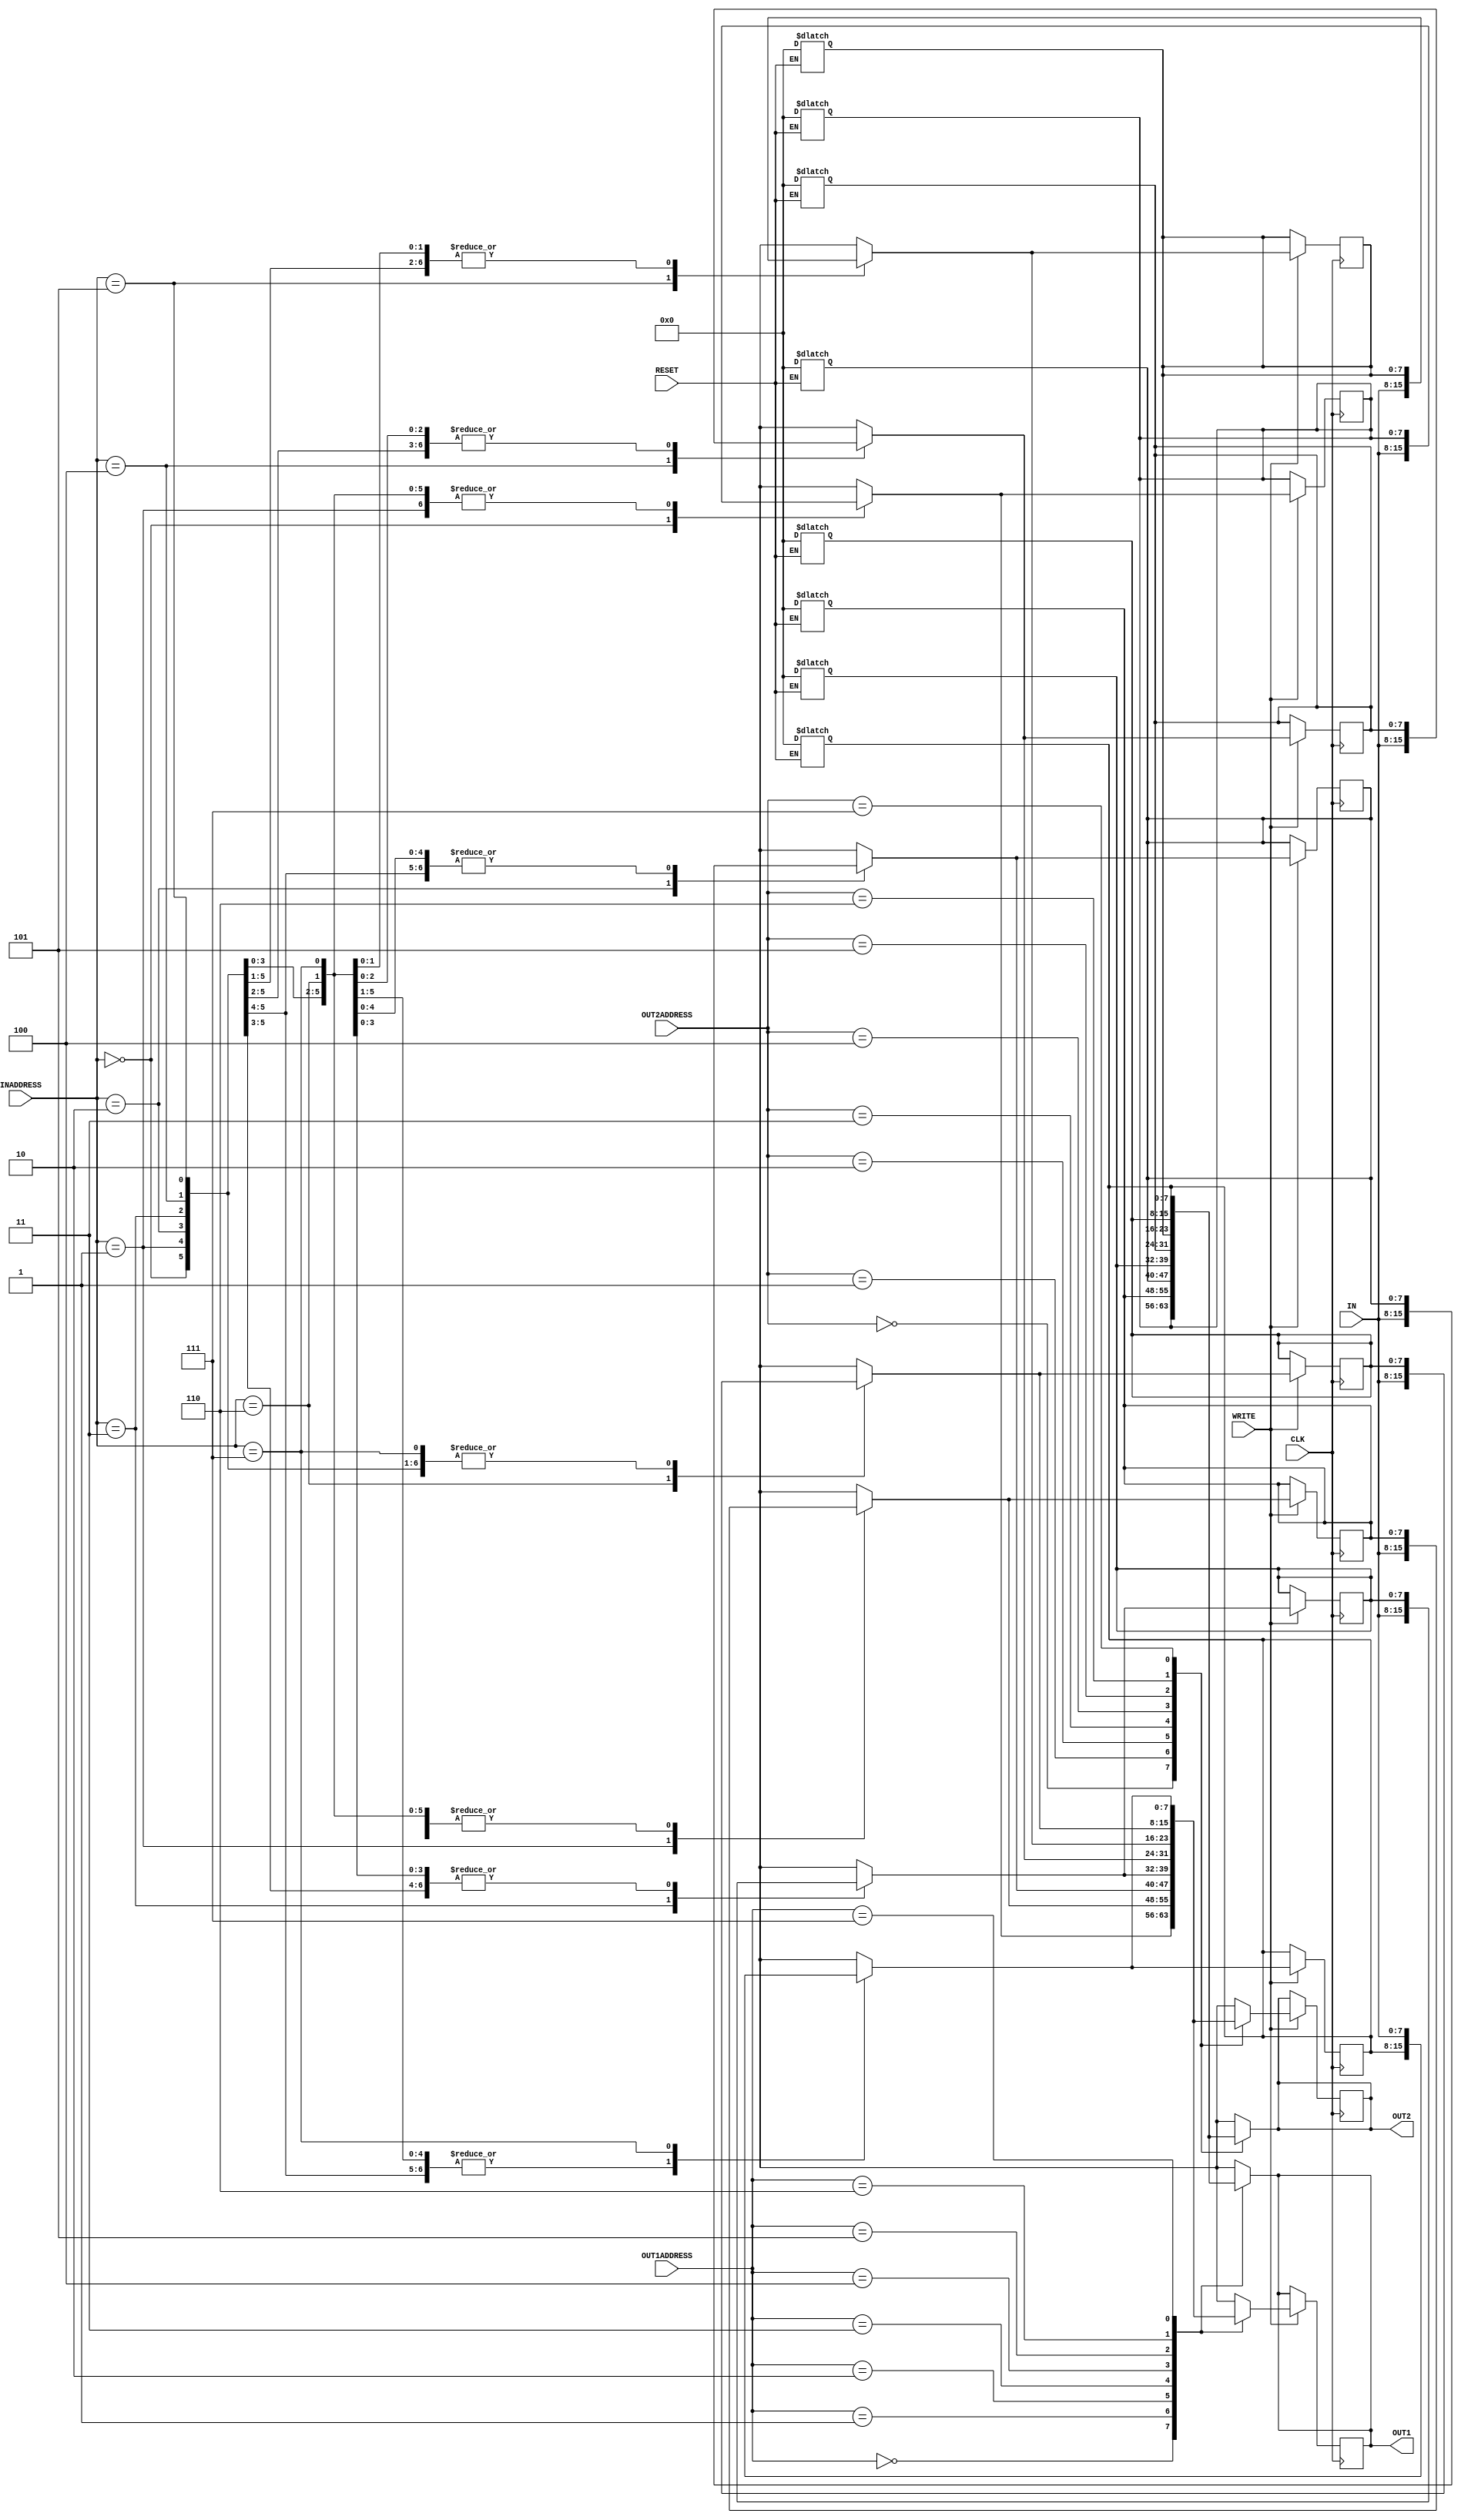
/*******************************************
 *      Lab 05: CO224-Project_part_02      *
 *******************************************/


module reg_file(IN, OUT1, OUT2, INADDRESS, OUT1ADDRESS, OUT2ADDRESS, WRITE, CLK, RESET);
      
   // declare the input & output   
   input WRITE, CLK, RESET;
   input [7:0] IN;
   input [2:0] INADDRESS, OUT1ADDRESS, OUT2ADDRESS;
   output [7:0] OUT1, OUT2;
   reg [7:0] registerFile[0:7]; // declare the register file
   reg [7:0] OUT1, OUT2;
   integer counter;
   integer delay;

   always @(posedge CLK) begin // check the positive edge of clock
     if (WRITE == 1'b1) begin  // check the enable of writeEnable
      // write the IN value for the INADDRESS index of register file
      #2 registerFile[INADDRESS]  = IN; 
    
      #2  // delay of reading
      // update the reading output 1 & 2
      OUT1 = registerFile[OUT1ADDRESS];
      OUT2 = registerFile[OUT2ADDRESS];
     end 
   end

   always @(OUT1ADDRESS, OUT2ADDRESS) begin  
         // check the reset is enable
         if (RESET == 1'b1) begin
            // if reset is enable, take the delay as 4 sec
            delay = 4;
         end else begin 
            // else delay as 2 sec 
            delay = 2;
         end
         //delay of reading
         #delay
         //update the reading values of out1 & out2
         OUT1 = registerFile[OUT1ADDRESS];
         OUT2 = registerFile[OUT2ADDRESS];   
   end
   
   always @(*) begin 
     //check the enable reset
     if (RESET) begin
      #2
      //go to the all registers of register file from for loop
      for (counter = 0; counter < 8; counter = counter+1) begin
      	 registerFile[counter] = 0;  // reset the each register as 0
      end
     end
   end   
 
endmodule